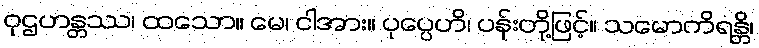
ဝုဌဟန္တဿ၊ ထသော။ မေ၊ ငါအား။ ပုပ္ပေဟိ၊ ပန်းတို့ဖြင့်။ သမောကိရန္တိ၊